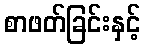
စာဖတ်ခြင်းနှင့်